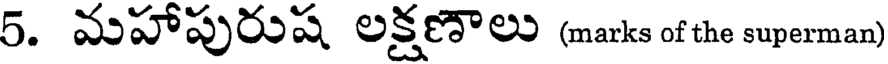
5. మహాపురుష లక్షణాలు (marks of the superman)